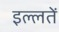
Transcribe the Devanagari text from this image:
इल्लतें